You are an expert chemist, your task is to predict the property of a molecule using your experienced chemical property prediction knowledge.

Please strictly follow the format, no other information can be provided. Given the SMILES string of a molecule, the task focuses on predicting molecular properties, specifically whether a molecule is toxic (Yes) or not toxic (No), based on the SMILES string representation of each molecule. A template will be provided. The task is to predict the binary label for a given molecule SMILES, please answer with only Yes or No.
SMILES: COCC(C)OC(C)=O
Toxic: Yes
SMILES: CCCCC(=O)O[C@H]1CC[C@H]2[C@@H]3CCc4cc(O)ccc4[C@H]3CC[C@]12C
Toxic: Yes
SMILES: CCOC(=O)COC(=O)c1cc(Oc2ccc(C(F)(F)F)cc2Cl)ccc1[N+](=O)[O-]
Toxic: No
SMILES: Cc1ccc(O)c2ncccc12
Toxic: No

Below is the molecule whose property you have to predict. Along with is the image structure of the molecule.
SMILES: CO/N=C(\C(=O)N[C@@H]1C(=O)N2C(C(=O)O)=C(CSC(=O)c3ccco3)CS[C@H]12)c1csc(N)n1
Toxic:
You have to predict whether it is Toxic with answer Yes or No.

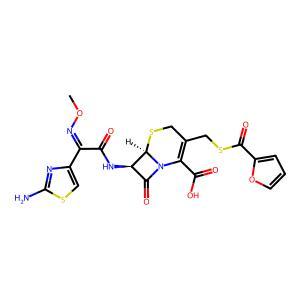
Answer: No